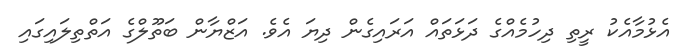
އެޅުމާއެކު ރީތި ދިހުމެއްގެ ދަޅަތައް އަރައިގެން ދިޔަ އެވެ. އަޒްޔާން ބަތޫލްގެ އަތްތިލައިގައި